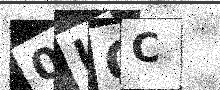
Text: 0IOC